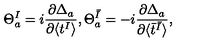
\Theta _ { a } ^ { I } = i \frac { \partial \Delta _ { a } } { \partial \langle t ^ { I } \rangle } , \Theta _ { a } ^ { \bar { I } } = - i \frac { \partial \Delta _ { a } } { \partial \langle \bar { t } ^ { \bar { I } } \rangle } ,